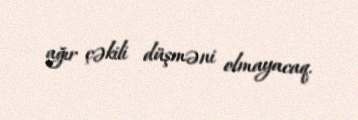
ağır çəkili düşməni olmayacaq.